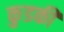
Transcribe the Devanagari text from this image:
कुडकी